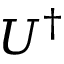
U ^ { \dagger }